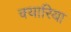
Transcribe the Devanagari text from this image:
क्यारिया